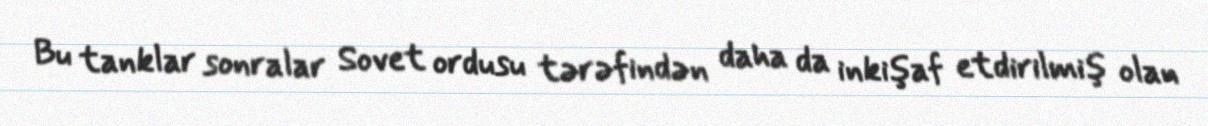
Bu tanklar sonralar Sovet ordusu tərəfindən daha da inkişaf etdirilmiş olan